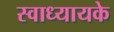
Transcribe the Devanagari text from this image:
स्‍वाध्‍यायके